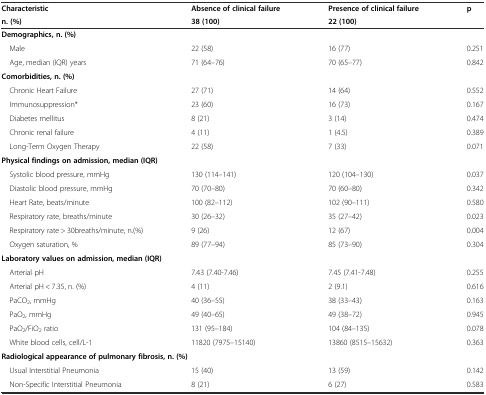
<table><thead><tr><td><b>Characteristic</b></td><td><b>Absence of clinical failure</b></td><td><b>Presence of clinical failure</b></td><td rowspan="2"><b>p</b></td></tr><tr><td><b>n. (%)</b></td><td><b>38 (100)</b></td><td><b>22 (100)</b></td></tr></thead><tbody><tr><td colspan="4"><b>Demographics, n. (%)</b></td></tr><tr><td> Male</td><td>22 (58)</td><td>16 (77)</td><td>0.251</td></tr><tr><td> Age, median (IQR) years</td><td>71 (64–76)</td><td>70 (65–77)</td><td>0.842</td></tr><tr><td colspan="4"><b>Comorbidities, n. (%)</b></td></tr><tr><td> Chronic Heart Failure</td><td>27 (71)</td><td>14 (64)</td><td>0.552</td></tr><tr><td> Immunosuppression*</td><td>23 (60)</td><td>16 (73)</td><td>0.167</td></tr><tr><td> Diabetes mellitus</td><td>8 (21)</td><td>3 (14)</td><td>0.474</td></tr><tr><td> Chronic renal failure</td><td>4 (11)</td><td>1 (4.5)</td><td>0.389</td></tr><tr><td> Long-Term Oxygen Therapy</td><td>22 (58)</td><td>7 (33)</td><td>0.071</td></tr><tr><td colspan="4"><b>Physical findings on admission, median (IQR)</b></td></tr><tr><td> Systolic blood pressure, mmHg</td><td>130 (114–141)</td><td>120 (104–130)</td><td>0.037</td></tr><tr><td> Diastolic blood pressure, mmHg</td><td>70 (70–80)</td><td>70 (60–80)</td><td>0.342</td></tr><tr><td> Heart Rate, beats/minute</td><td>100 (82–112)</td><td>102 (90–111)</td><td>0.580</td></tr><tr><td> Respiratory rate, breaths/minute</td><td>30 (26–32)</td><td>35 (27–42)</td><td>0.023</td></tr><tr><td> Respiratory rate &gt; 30breaths/minute, n.(%)</td><td>9 (26)</td><td>12 (67)</td><td>0.004</td></tr><tr><td> Oxygen saturation, %</td><td>89 (77–94)</td><td>85 (73–90)</td><td>0.304</td></tr><tr><td colspan="4"><b>Laboratory values on admission, median (IQR)</b></td></tr><tr><td> Arterial pH</td><td>7.43 (7.40-7.46)</td><td>7.45 (7.41-7.48)</td><td>0.255</td></tr><tr><td> Arterial pH &lt; 7.35, n. (%)</td><td>4 (11)</td><td>2 (9.1)</td><td>0.616</td></tr><tr><td> PaCO<sub>2</sub>, mmHg</td><td>40 (36–55)</td><td>38 (33–43)</td><td>0.163</td></tr><tr><td> PaO<sub>2</sub>, mmHg</td><td>49 (40–65)</td><td>49 (38–72)</td><td>0.945</td></tr><tr><td> PaO<sub>2</sub>/FiO<sub>2</sub> ratio</td><td>131 (95–184)</td><td>104 (84–135)</td><td>0.078</td></tr><tr><td> White blood cells, cell/L-1</td><td>11820 (7975–15140)</td><td>13860 (8515–15632)</td><td>0.363</td></tr><tr><td colspan="4"><b>Radiological appearance of pulmonary fibrosis, n. (%)</b></td></tr><tr><td> Usual Interstitial Pneumonia</td><td>15 (40)</td><td>13 (59)</td><td>0.142</td></tr><tr><td> Non-Specific Interstitial Pneumonia</td><td>8 (21)</td><td>6 (27)</td><td>0.583</td></tr></tbody></table>